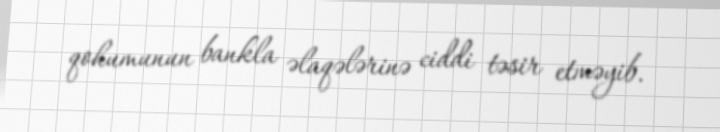
qohumunun bankla əlaqələrinə ciddi təsir etməyib.